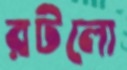
রটলো